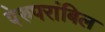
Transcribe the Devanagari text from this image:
पेरुपरांबिल